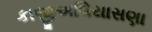
કાજીઅલિયાસણા